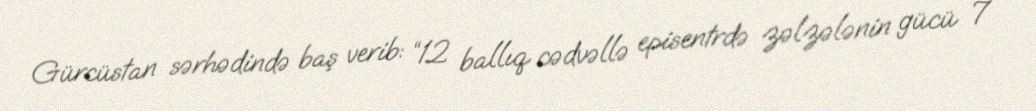
Gürcüstan sərhədində baş verib: “12 ballıq cədvəllə episentrdə zəlzələnin gücü 7